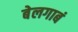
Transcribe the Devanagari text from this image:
बेलगाबं